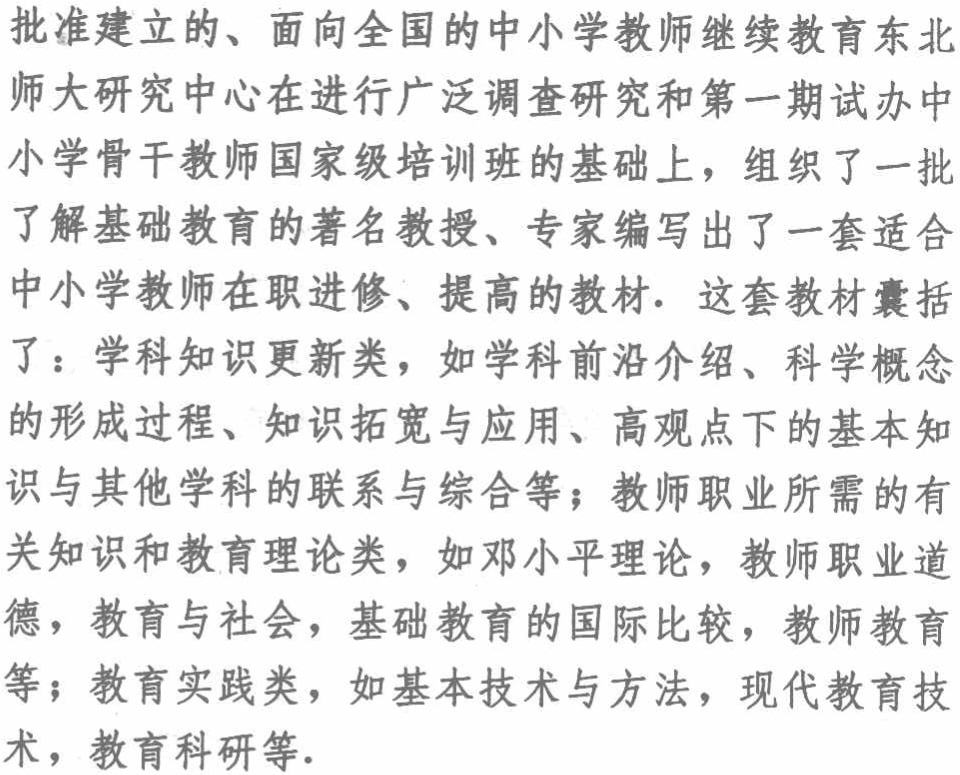
批准建立的、面向全国的中小学教师继续教育东北

师大研究中心在进行广泛调查研究和第一期试办中

小学骨干教师国家级培训班的基础上，组织了一批

了解基础教育的著名教授、专家编写出了一套适合

中小学教师在职进修、提高的教材. 这套教材囊括

了：学科知识更新类，如学科前沿介绍、科学概念

的形成过程、知识拓宽与应用、高观点下的基本知

识与其他学科的联系与综合等；教师职业所需的有

关知识和教育理论类，如邓小平理论，教师职业道

德，教育与社会，基础教育的国际比较，教师教育

等；教育实践类，如基本技术与方法，现代教育技

术，教育科研等.